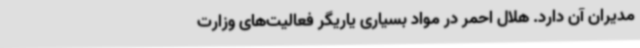
مدیران آن دارد. هلال احمر در مواد بسیاری یاریگر فعالیت‌های وزارت